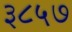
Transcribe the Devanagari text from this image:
३८५७